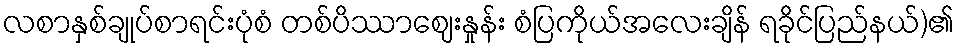
လစာနှစ်ချုပ်စာရင်းပုံစံ တစ်ပိဿာဈေးနှုန်း စံပြကိုယ်အလေးချိန် ရခိုင်ပြည်နယ်)၏